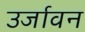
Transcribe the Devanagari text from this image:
उर्जावन